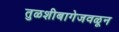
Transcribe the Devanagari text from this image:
तुळशीबागेजवळून